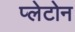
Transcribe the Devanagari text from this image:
प्लेटोन